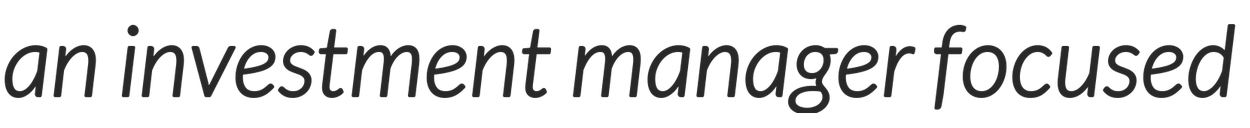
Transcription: an investment manager focused